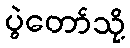
ပွဲတော်သို့